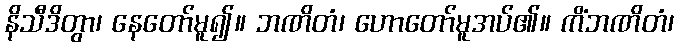
နိသီဒိတွာ၊ နေတော်မူ၍။ ဘဏိတံ၊ ဟောတော်မူအပ်၏။ ကိံဘဏိတံ၊